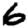
Digit: 6